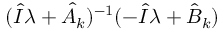
( \hat { I } \lambda + \hat { A } _ { k } ) ^ { - 1 } ( - \hat { I } \lambda + \hat { B } _ { k } )